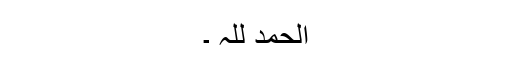
الحمد للہ ۔